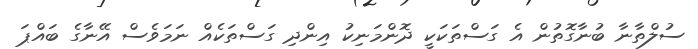
ސުލްތާނާ ބުނާގޮތުން އެ ގަސްތަކަކީ ދޮންމަނިކު އިންދި ގަސްތަކެއް ނަމަވެސް އޭނާގެ ބައްޕަ